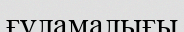
ғүламалығы